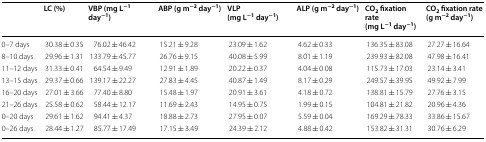
|  | LC (%) | VBP (mg L−1 day−1) | ABP (g m−2 day−1) | VLP (mg L−1 day−1) | ALP (g m−2 day−1) | CO2 fixation rate (mg L−1 day−1) | CO2 fixation rate (g m−2 day−1) |
 | --- | --- | --- | --- | --- | --- | --- | --- |
 | 0–7 days | 30.38 ± 0.35 | 76.02 ± 46.42 | 15.21 ± 9.28 | 23.09 ± 1.62 | 4.62 ± 0.33 | 136.35 ± 83.08 | 27.27 ± 16.64 |
 | 8–10 days | 29.96 ± 1.31 | 133.79 ± 45.77 | 26.76 ± 9.15 | 40.08 ± 5.99 | 8.01 ± 1.19 | 239.93 ± 82.08 | 47.98 ± 16.41 |
 | 11–12 days | 31.33 ± 0.41 | 64.54 ± 9.49 | 12.91 ± 1.89 | 20.22 ± 0.37 | 4.04 ± 0.08 | 115.73 ± 17.03 | 23.14 ± 3.41 |
 | 13–15 days | 29.37 ± 0.66 | 139.17 ± 22.27 | 27.83 ± 4.45 | 40.87 ± 1.49 | 8.17 ± 0.29 | 249.57 ± 39.95 | 49.92 ± 7.99 |
 | 16–20 days | 27.01 ± 3.66 | 77.40 ± 8.80 | 15.48 ± 1.97 | 20.91 ± 3.61 | 4.18 ± 0.72 | 138.81 ± 15.79 | 27.76 ± 3.15 |
 | 21–26 days | 25.58 ± 0.62 | 58.44 ± 12.17 | 11.69 ± 2.43 | 14.95 ± 0.75 | 1.99 ± 0.15 | 104.81 ± 21.82 | 20.96 ± 4.36 |
 | 0–20 days | 29.61 ± 1.62 | 94.41 ± 4.37 | 18.88 ± 2.73 | 27.95 ± 0.07 | 5.59 ± 0.04 | 169.29 ± 78.33 | 33.86 ± 15.67 |
 | 0–26 days | 28.44 ± 1.27 | 85.77 ± 17.49 | 17.15 ± 3.49 | 24.39 ± 2.12 | 4.88 ± 0.42 | 153.82 ± 31.31 | 30.76 ± 6.29 |